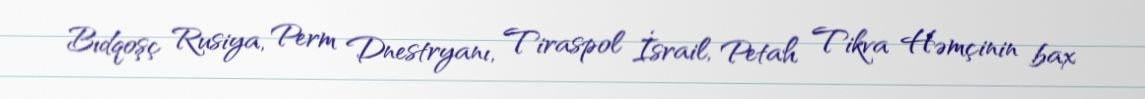
Bıdqoşç Rusiya, Perm Dnestryanı, Tiraspol İsrail, Petah Tikva Həmçinin bax